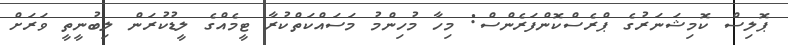
ޕޮލިސް ކޮމިޝަނަރުގެ ޕްރެސްކޮންފަރެންސް: މިހާ މުހިންމު މަސައްކަތްކުރާ ޓީމެއްގެ ލީޑުކުރަން ލިބުނީތީ ވަރަށް